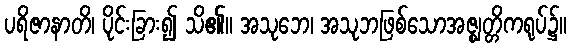
ပရိဇာနာတိ၊ ပိုင်းခြား၍ သိ၏။ အသုဘေ၊ အသုဘဖြစ်သောအဇ္ဈတ္တိကရုပ်၌။